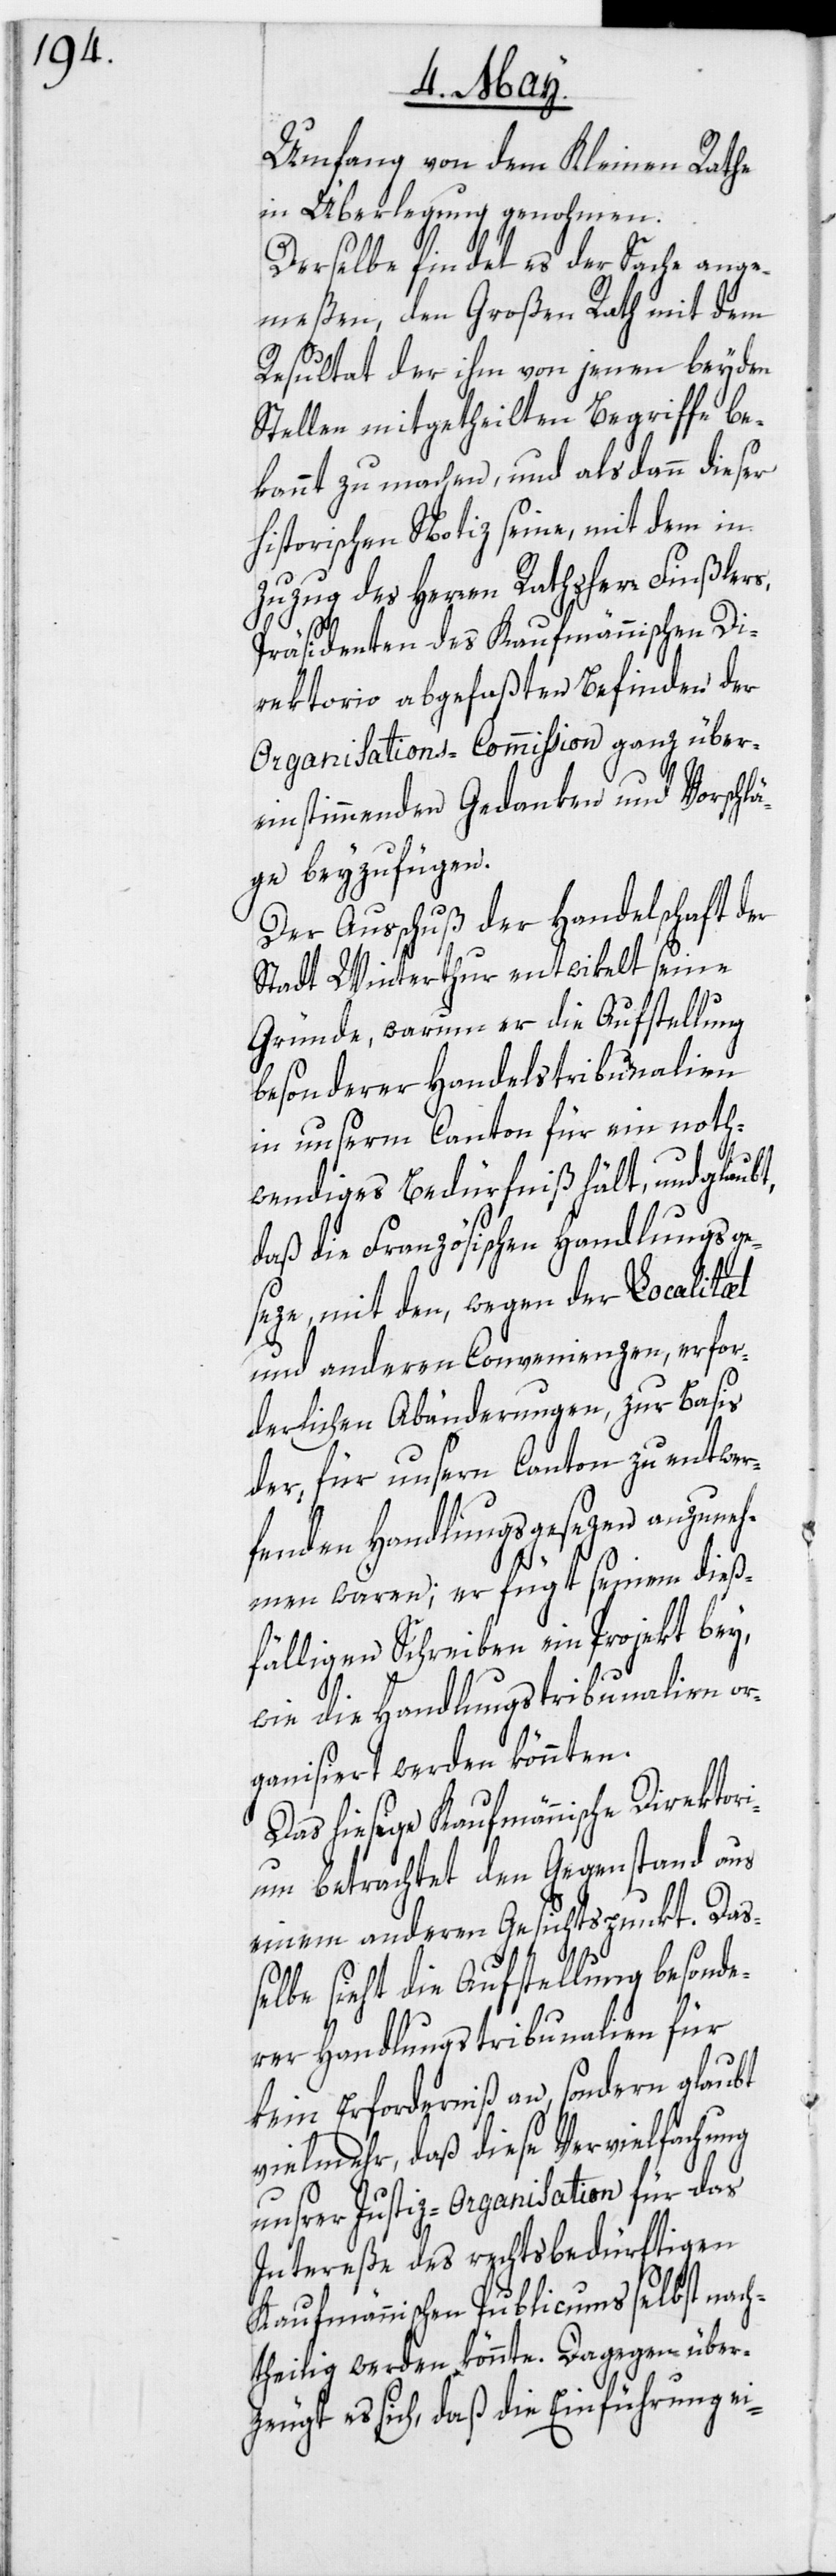
Umfang von dem Kleinen Rathe
in Überlegung genohmen.
Derselbe findet es der Sache ange¬
meßen, den Großen Rath mit dem
Resultat der ihm von jenen beyden
Stellen mitgetheilten Begriffe be¬
kannt zu machen, und als dann dieser
historischen Notiz seine, mit dem in
Zuzug des Herren Rathsherr Finßlers,
Präsidenten des Kaufmännischen Di¬
rektorio abgefaßten Befinden der
Organisations-Commission ganz über¬
einstimmenden Gedanken und Vorschlä¬
ge beyzufügen.
Der Ausschuß der Handelschaft der
Stadt Winterthur entwikelt seine
Gründe, warum er die Aufstellung
besonderer Handelstribunalien
in unserem Canton für ein noth¬
wendiges Bedürfniß hält, und glaubt,
daß die Französischen Handlungsge¬
seze, mit den, wegen der Localitæt
und anderen Convenienzen, erfor¬
derlichen Abänderungen, zur Basis
der, für unsern Canton zu entwer¬
fenden Handlungsgesezen anzuneh¬
men wären; er fügt seinem dieß¬
fälligen Schreiben ein Projekt bey,
wie die Handlungstribunalien or¬
ganisiert werden könnten.
Das hiesige Kaufmännische Direktor¬
ium betrachtet den Gegenstand aus
einem anderen Gesichtspunkt. Da¬
ßelbe sieht die Aufstellung besonde¬
rer Handlungstribunalien für
kein Erforderniß an, sondern glaubt
vielmehr, daß diese Vervielfachung
unsrer Justiz-Organisation für das
Intereße des rechtsbedürftigen
Kaufmännischen Publicums selbst nach¬
theilig werden könnte. Dagegen über¬
zeugt es sich, daß die Einführung ei-